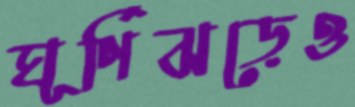
ঘূর্ণিঝড়েও